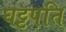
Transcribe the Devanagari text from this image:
घट्टपति